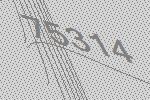
75314